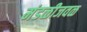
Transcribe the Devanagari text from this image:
मंडळीजवळ